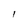
Character: i